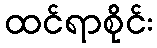
ထင်ရာစိုင်း